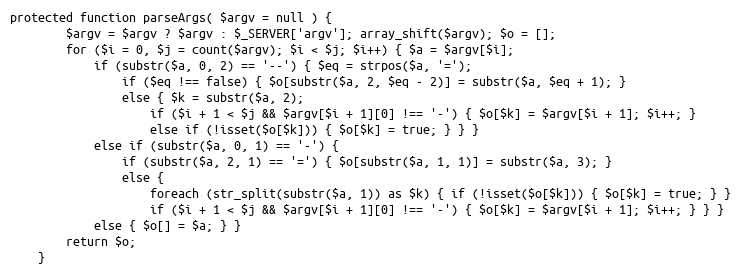
Language: PHP
protected function parseArgs( $argv = null ) {
		$argv = $argv ? $argv : $_SERVER['argv']; array_shift($argv); $o = [];
		for ($i = 0, $j = count($argv); $i < $j; $i++) { $a = $argv[$i];
			if (substr($a, 0, 2) == '--') { $eq = strpos($a, '=');
				if ($eq !== false) { $o[substr($a, 2, $eq - 2)] = substr($a, $eq + 1); }
				else { $k = substr($a, 2);
					if ($i + 1 < $j && $argv[$i + 1][0] !== '-') { $o[$k] = $argv[$i + 1]; $i++; }
					else if (!isset($o[$k])) { $o[$k] = true; } } }
			else if (substr($a, 0, 1) == '-') {
				if (substr($a, 2, 1) == '=') { $o[substr($a, 1, 1)] = substr($a, 3); }
				else {
					foreach (str_split(substr($a, 1)) as $k) { if (!isset($o[$k])) { $o[$k] = true; } }
					if ($i + 1 < $j && $argv[$i + 1][0] !== '-') { $o[$k] = $argv[$i + 1]; $i++; } } }
			else { $o[] = $a; } }
		return $o;
	}